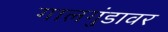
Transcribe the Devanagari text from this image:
गालगुंडावर